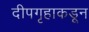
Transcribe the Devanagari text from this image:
दीपगृहाकडून